Leaving Certificate, 1888
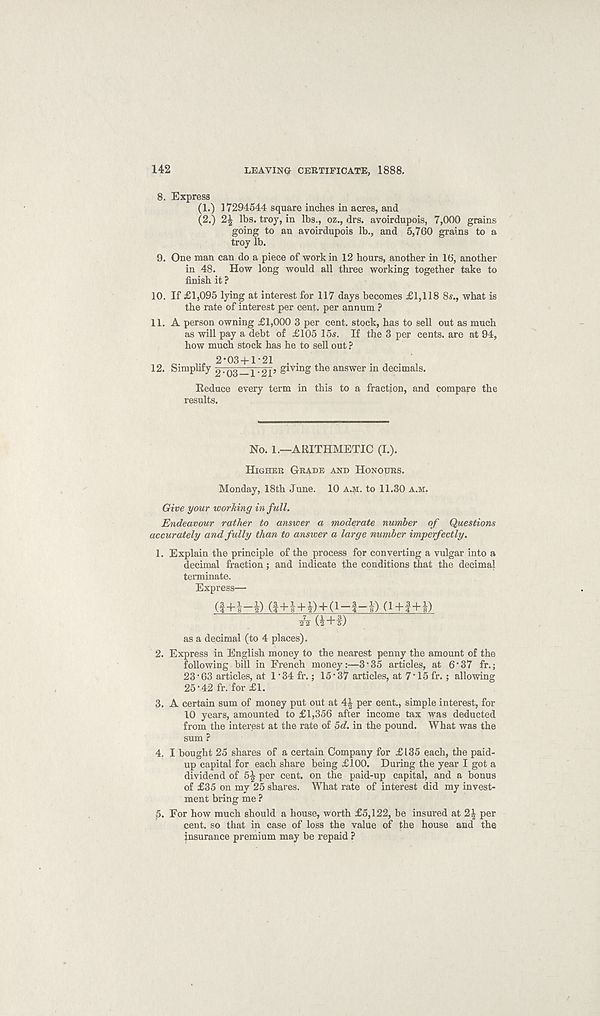
142
LEAVING CERTIFICATE, 1888.
8. Express
(1.) 17294544 square inches in acres, and
(2.)
lbs. troy, in lbs., oz., drs. avoirdupois, 7,000 grains
going to an avoirdupois lb., and 5,760 grains to a
troy lb.
9. One man can do a piece of work in 12 hours, another in 16, another
in 48. How long would all three working together take to
finish it ?
10. If £1,095 lying at interest for 117 days becomes £1,118 8s., what is
the rate of interest per cent, per annum ?
11. A person owning £1,000 3 per cent, stock, has to sell out as much
as will pay a debt of £105 15s. If the 3 per cents, are at 94,
how much stock has he to sell out ?
2 *03 +1 *21
12. Simplify 2TQg3yT2p giving the answer in decimals.
Reduce every term in this to a fraction, and compare the
results.
No. 1.—ARITHMETIC (I.).
HIGHER GRADE AND HONOURS.
Monday, 18th June. 10 A.M. to 11.30 A.M.
Give your working in full.
Endeavour rather to answer a moderate number of Questions
accurately and fully than to answer a large number imperfectly.
1. Explain the principle of the process for converting a vulgar into a
decimal fraction; and indicate the conditions that the decimal
terminate.
Express—
(f+W) (f+Kf)+(i-l-l) (1+j+l)
A (i+l)
as a decimal (to 4 places).
2. Express in English money to the nearest penny the amount of the
following bill in French money:—3‘35 articles, at 6'37 fr.;
23'63 articles, at 1'34 fr.; 15*37 articles, at 7'15 fr. ; allowing
25*42 fr. for £1.
3. A certain sum of money put out at 4^ per cent., simple interest, for
10 years, amounted to £1,356 after income tax was deducted
from the interest at the rate of 5d. in the pound. What was the
sum ?
4. I bought 25 shares of a certain Company for £135 each, the paid-
up capital for each share being £100. During the year I got a
dividend of 5^ per cent, on the paid-up capital, and a bonus
of £35 on my 25 shares. What rate of interest did my invest-
ment bring me ?
£. For how much should a house, worth £5,122, be insured at
per
cent, so that in case of loss the value of the house and the
insurance premium may be repaid ?